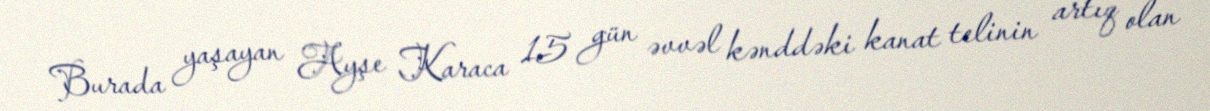
Burada yaşayan Ayşe Karaca 15 gün əvvəl kənddəki kanat telinin artıq olan